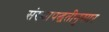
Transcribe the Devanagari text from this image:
संख्यापद्धतीनुसार